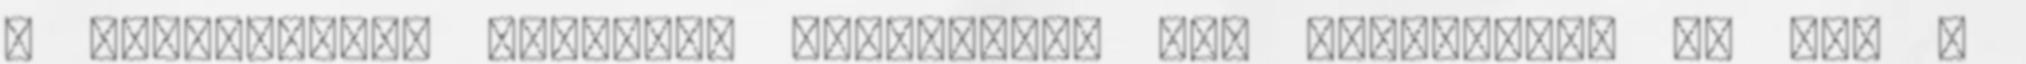
a baloldallal szemben, ugyanakkor nem alakította át sem a